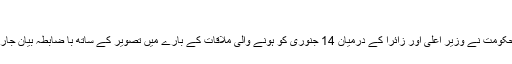
"
صوبائی حکومت نے وزیر اعلیٰ اور زائرا کے درمیان 14 جنوری کو ہونے والی ملاقات کے بارے میں تصویر کے ساتھ با ضابطہ بیان جاری کیا تھا۔